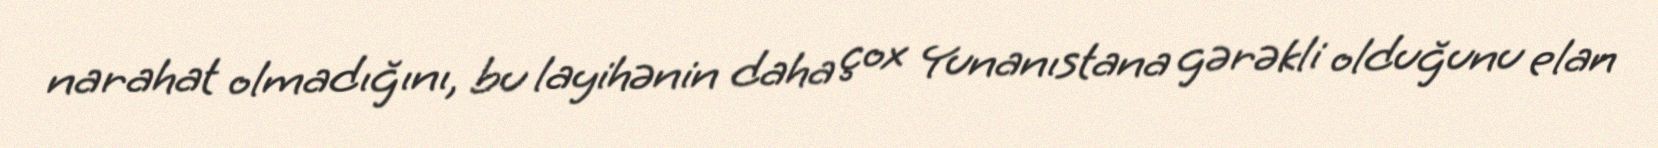
narahat olmadığını, bu layihənin daha çox Yunanıstana gərəkli olduğunu elan